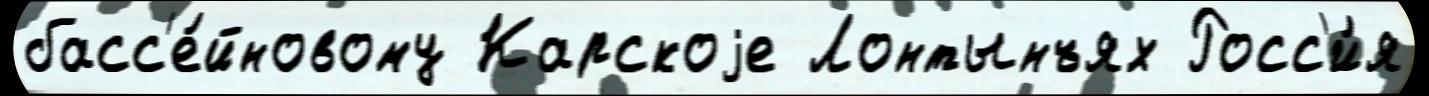
басс'е́йновому Карскоjе Лонтынъях Росс'и́я